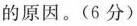
的原因。(6分)